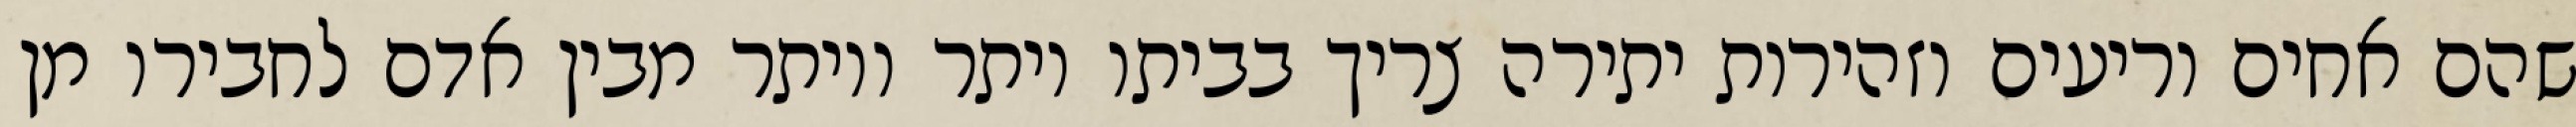
שהם אחים וריעים וזהירות יתירה צריך בביתו יותר ויותר מבין אדם לחבירו מן